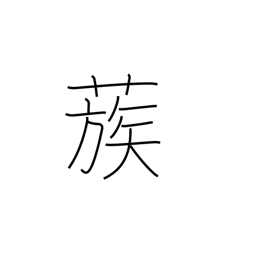
Meaning: gather together